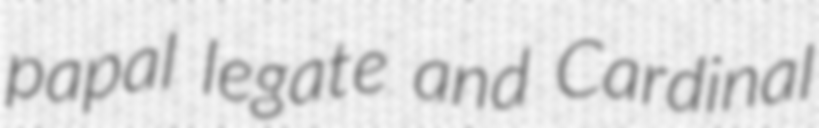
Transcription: papal legate and Cardinal